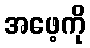
အဖေ့ကို